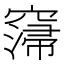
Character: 𥧲